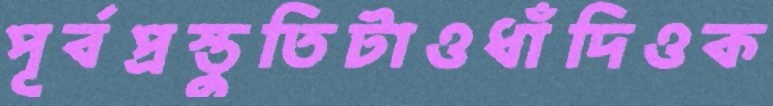
পূর্বপ্রস্তুতিটাওধাঁদিওক